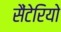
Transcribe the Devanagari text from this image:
सैंटेरियो